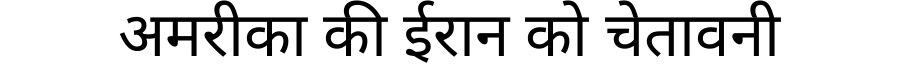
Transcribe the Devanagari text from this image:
अमरीका की ईरान को चेतावनी